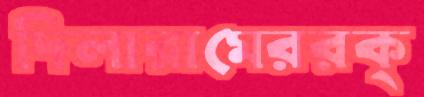
দিলারামেররক্